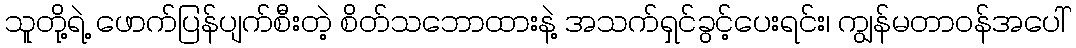
သူတို့ရဲ့ ဖောက်ပြန်ပျက်စီးတဲ့ စိတ်သဘောထားနဲ့ အသက်ရှင်ခွင့်ပေးရင်း၊ ကျွန်မတာဝန်အပေါ်